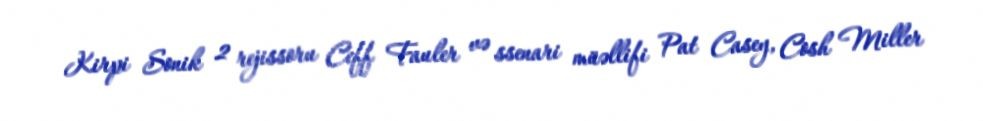
Kirpi Sonik 2 rejissoru Ceff Fauler və ssenari müəllifi Pat Casey, Cosh Miller